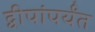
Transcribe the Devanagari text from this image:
द्वीपांपर्यंत